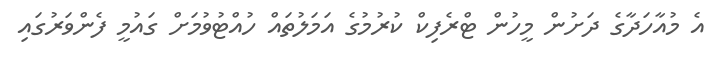
އެ މުއާހަދާގެ ދަށުން މީހުން ޓްރެފިކް ކުރުމުގެ އަމަލުތައް ހުއްޓުވުމަށް ގައުމީ ފެންވަރުގައި